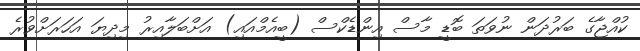
ކުއްޖާގެ ބަރުދަން ނުވަތަ ބޮޑީ މާސް އިންޑެކްސް (ބީއެމްއައި) އަށްބަލާއިރު މިދިޔަ އަހަރަށްވުރެ